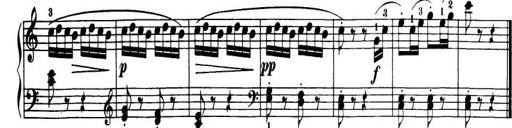
Title: 32 Sonatinas and Rondos for the Piano
Composer: Richard Kleinmichel